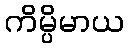
ကိမ္ပိမာယ